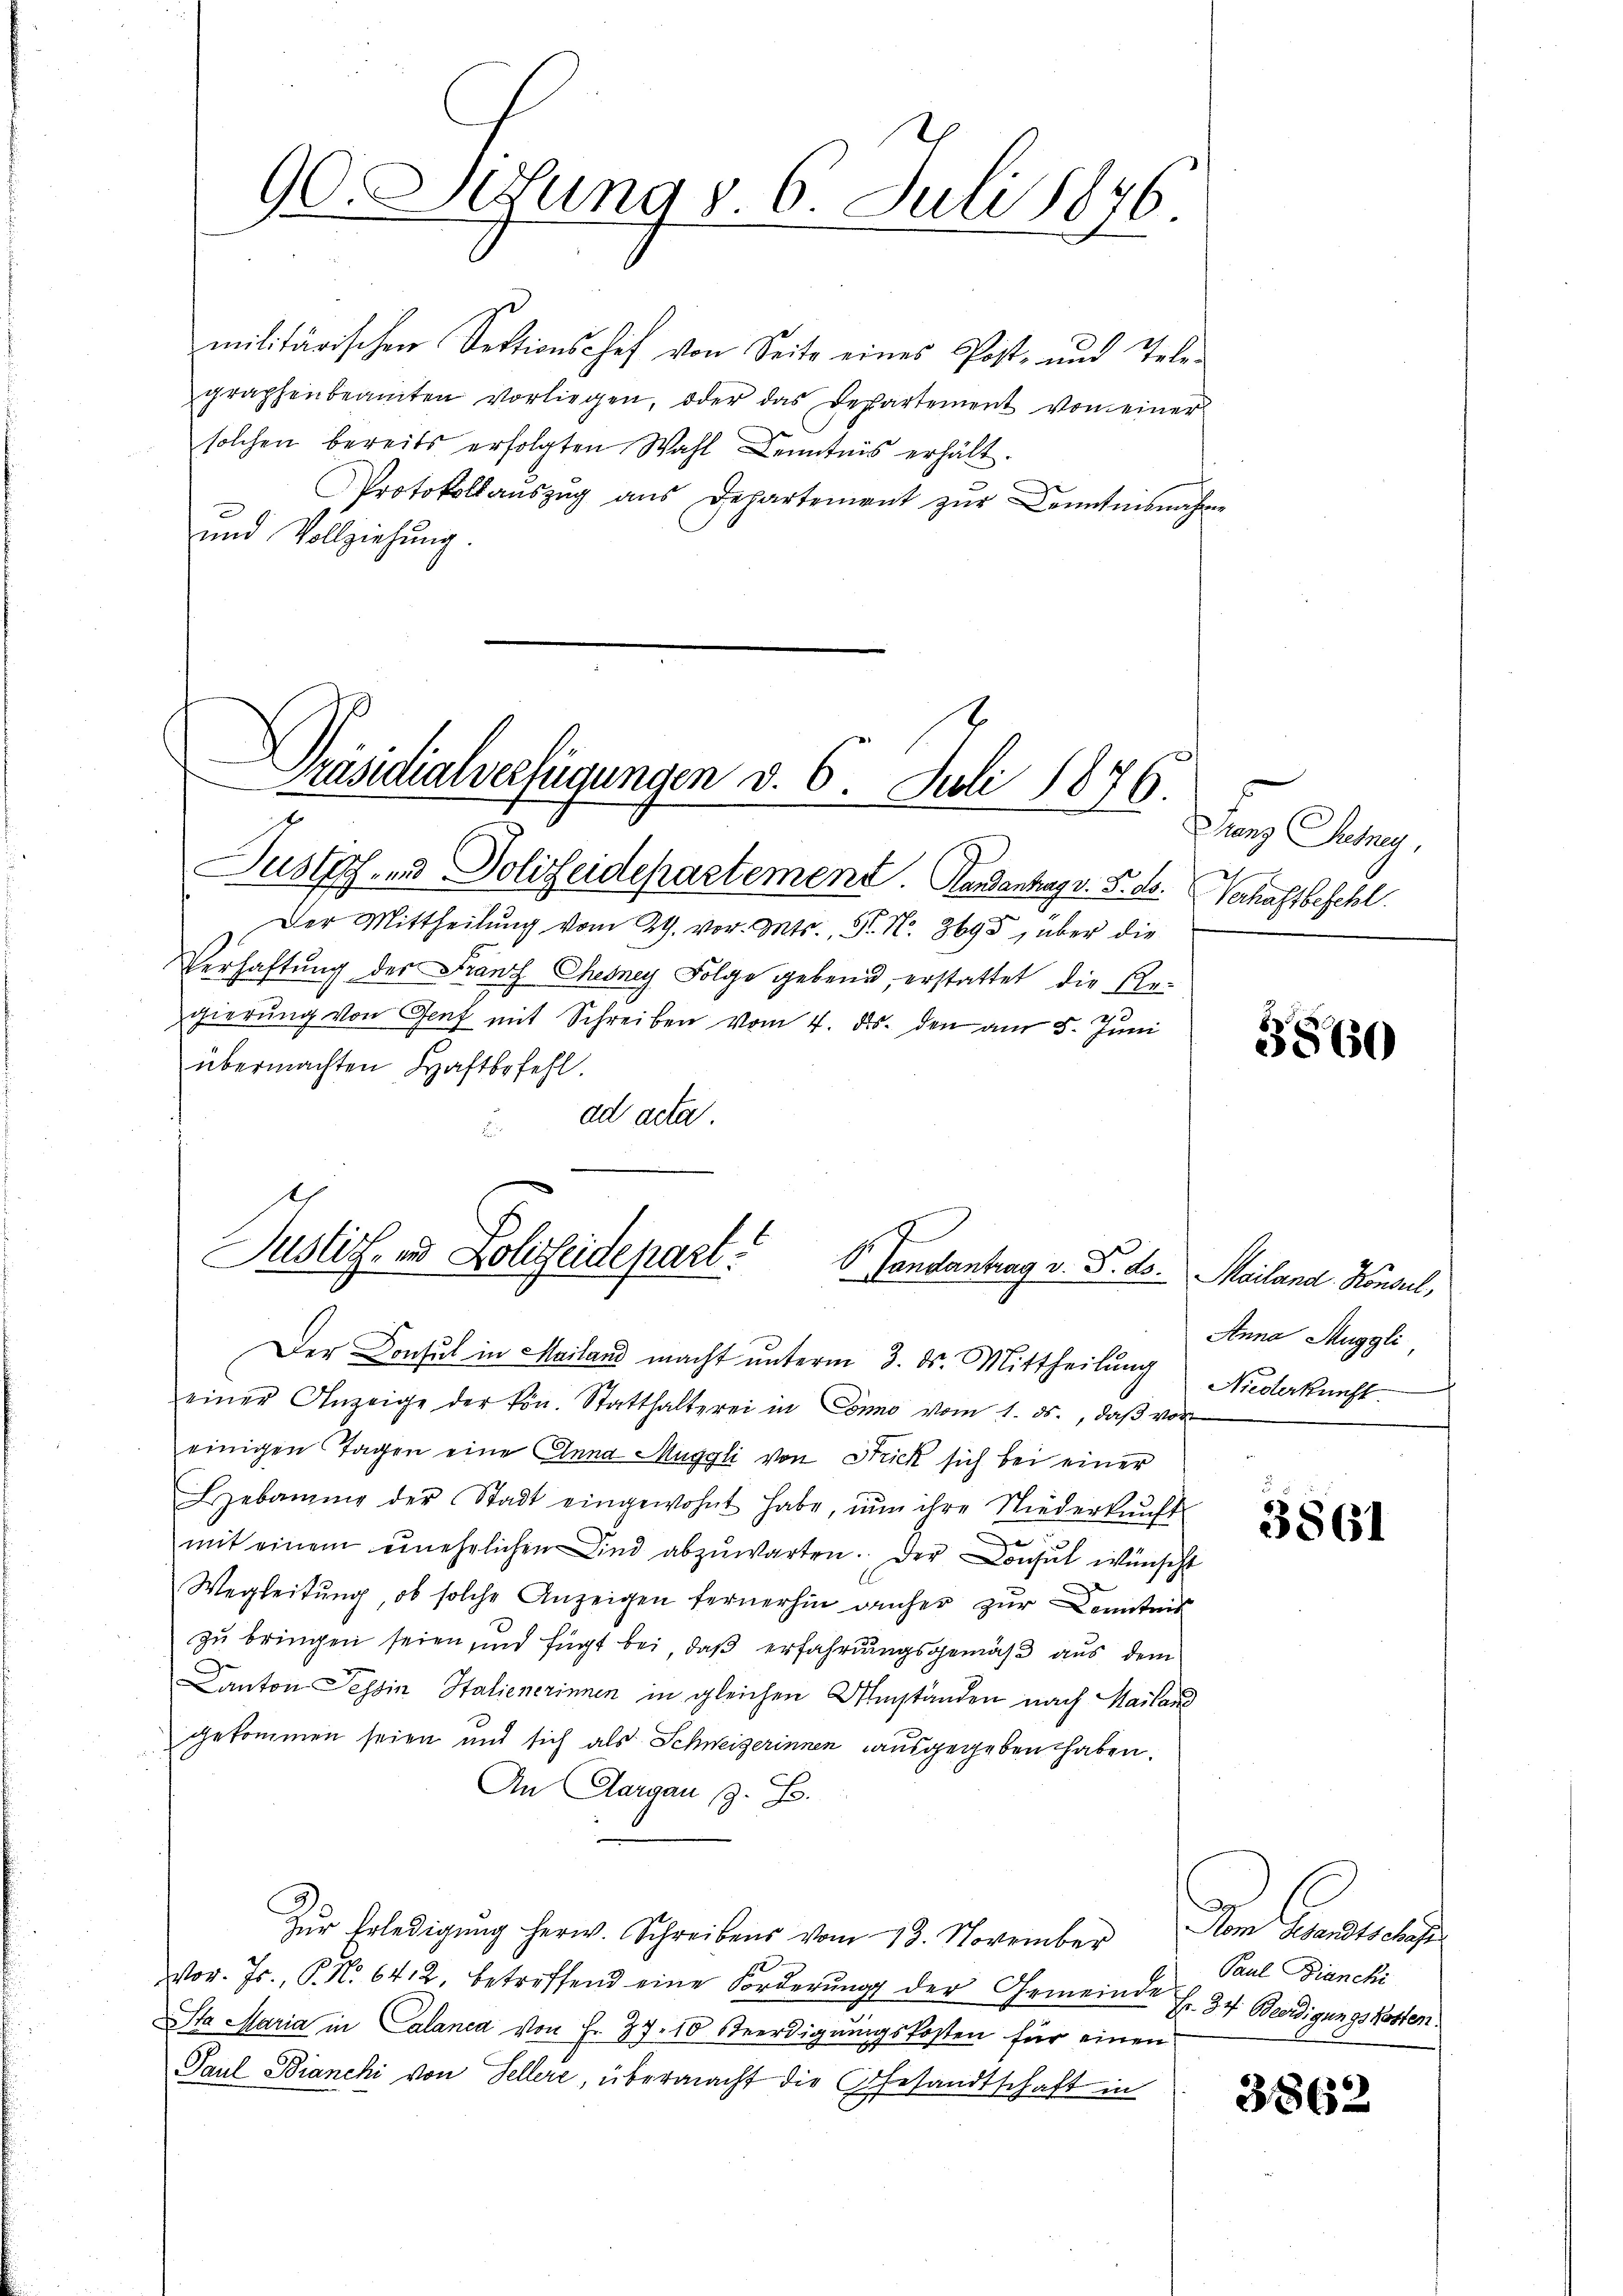
90. Jesung d. 6. Juli 1876.

militärischen Sektionschef von Seite eines Post- und Tele-
graphenbeamten vorliegen, oder das Departement von einer
solchen bereits erfolgten Wahl Kenntnis erhält.
Protokollaŭszŭg aŭs Departement zŭr Kenntnisnahme
und Vollziehung.

Präsidialverfügungen v. 6. Juli 1876.

Justiz- und Polizeidepartement. Handantag v. 5. ds. Verhaftbefehl
Der Mittheilung vom 24. vor. Mts., N. N. 3695, über die
Verhaftung der Franz Chegney Folge gebend, erstattet die Regierŭng von Genf mit Schreiben vom 4. ds. den am 5. Juni
übermachten Haftbefehl.
ad acta.
E

1.
Justiz- und Polizeidepart. Vandantrag v. J. ds. Mailand Konsul,
Der Consul in Mailand macht unterm 3. ds. Mittheilung

Lanz Juny,

einer Anzeige der kön. Statthalterei in Conno vom 1. ds., daβ vor
einigen Tagen eine Anna Muggli von Strick sich bei einer
Bebaŭŭng der Stadt eingewohnt habe, nŭn ihre Niederkŭnft
mit einem einehelichen Kind abzŭwarten. Der Consul wünscht
Wegleitung, ob solche Anzeigen fernerhin anher zur Kenntnis
zŭ bringen seien, und fügt bei, daβ erfahrungsgemäß aus dem
Canton Tessin Stalienerinnen in gleichen Umständen nach Mailand
gekommen seien mit sich als Schweizerinnen ausgegeben haben.
An Aargau, z. B.
Zŭr Erledigung herw. Schreibens vom 18. November vom Handtschaft
Vor. Js., P. Nr. 6412, betreffend eine Forderŭng der Gemeinde f. 34 Beerdigungskosten
Sta Maria in Calanca von Fr. 27. 10 Beerdigungskosten für einen
Paul Bianchi von Sellere, übermacht die Gesandtschaft in

3560

Anna Muggli,
Niederkunft

3861

Paul Bianchi

3862